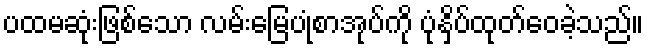
ပထမဆုံးဖြစ်သော လမ်းမြေပုံစာအုပ်ကို ပုံနှိပ်ထုတ်ဝေခဲ့သည်။